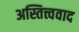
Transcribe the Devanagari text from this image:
अस्तित्त्ववाद